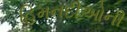
હિમનદીઓની